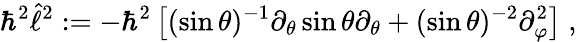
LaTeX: \hbar^{2}\hat{\ell}^{2}:=-\hbar^{2}\left[(\sin\theta)^{-1}\partial_{\theta}\sin\theta\partial_{\theta}+(\sin\theta)^{-2}\partial_{\varphi}^{2}\right]\; ,